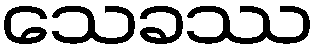
သေခဿ